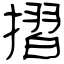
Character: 摺